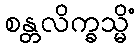
စန္တလိက္ခသ္မိံ